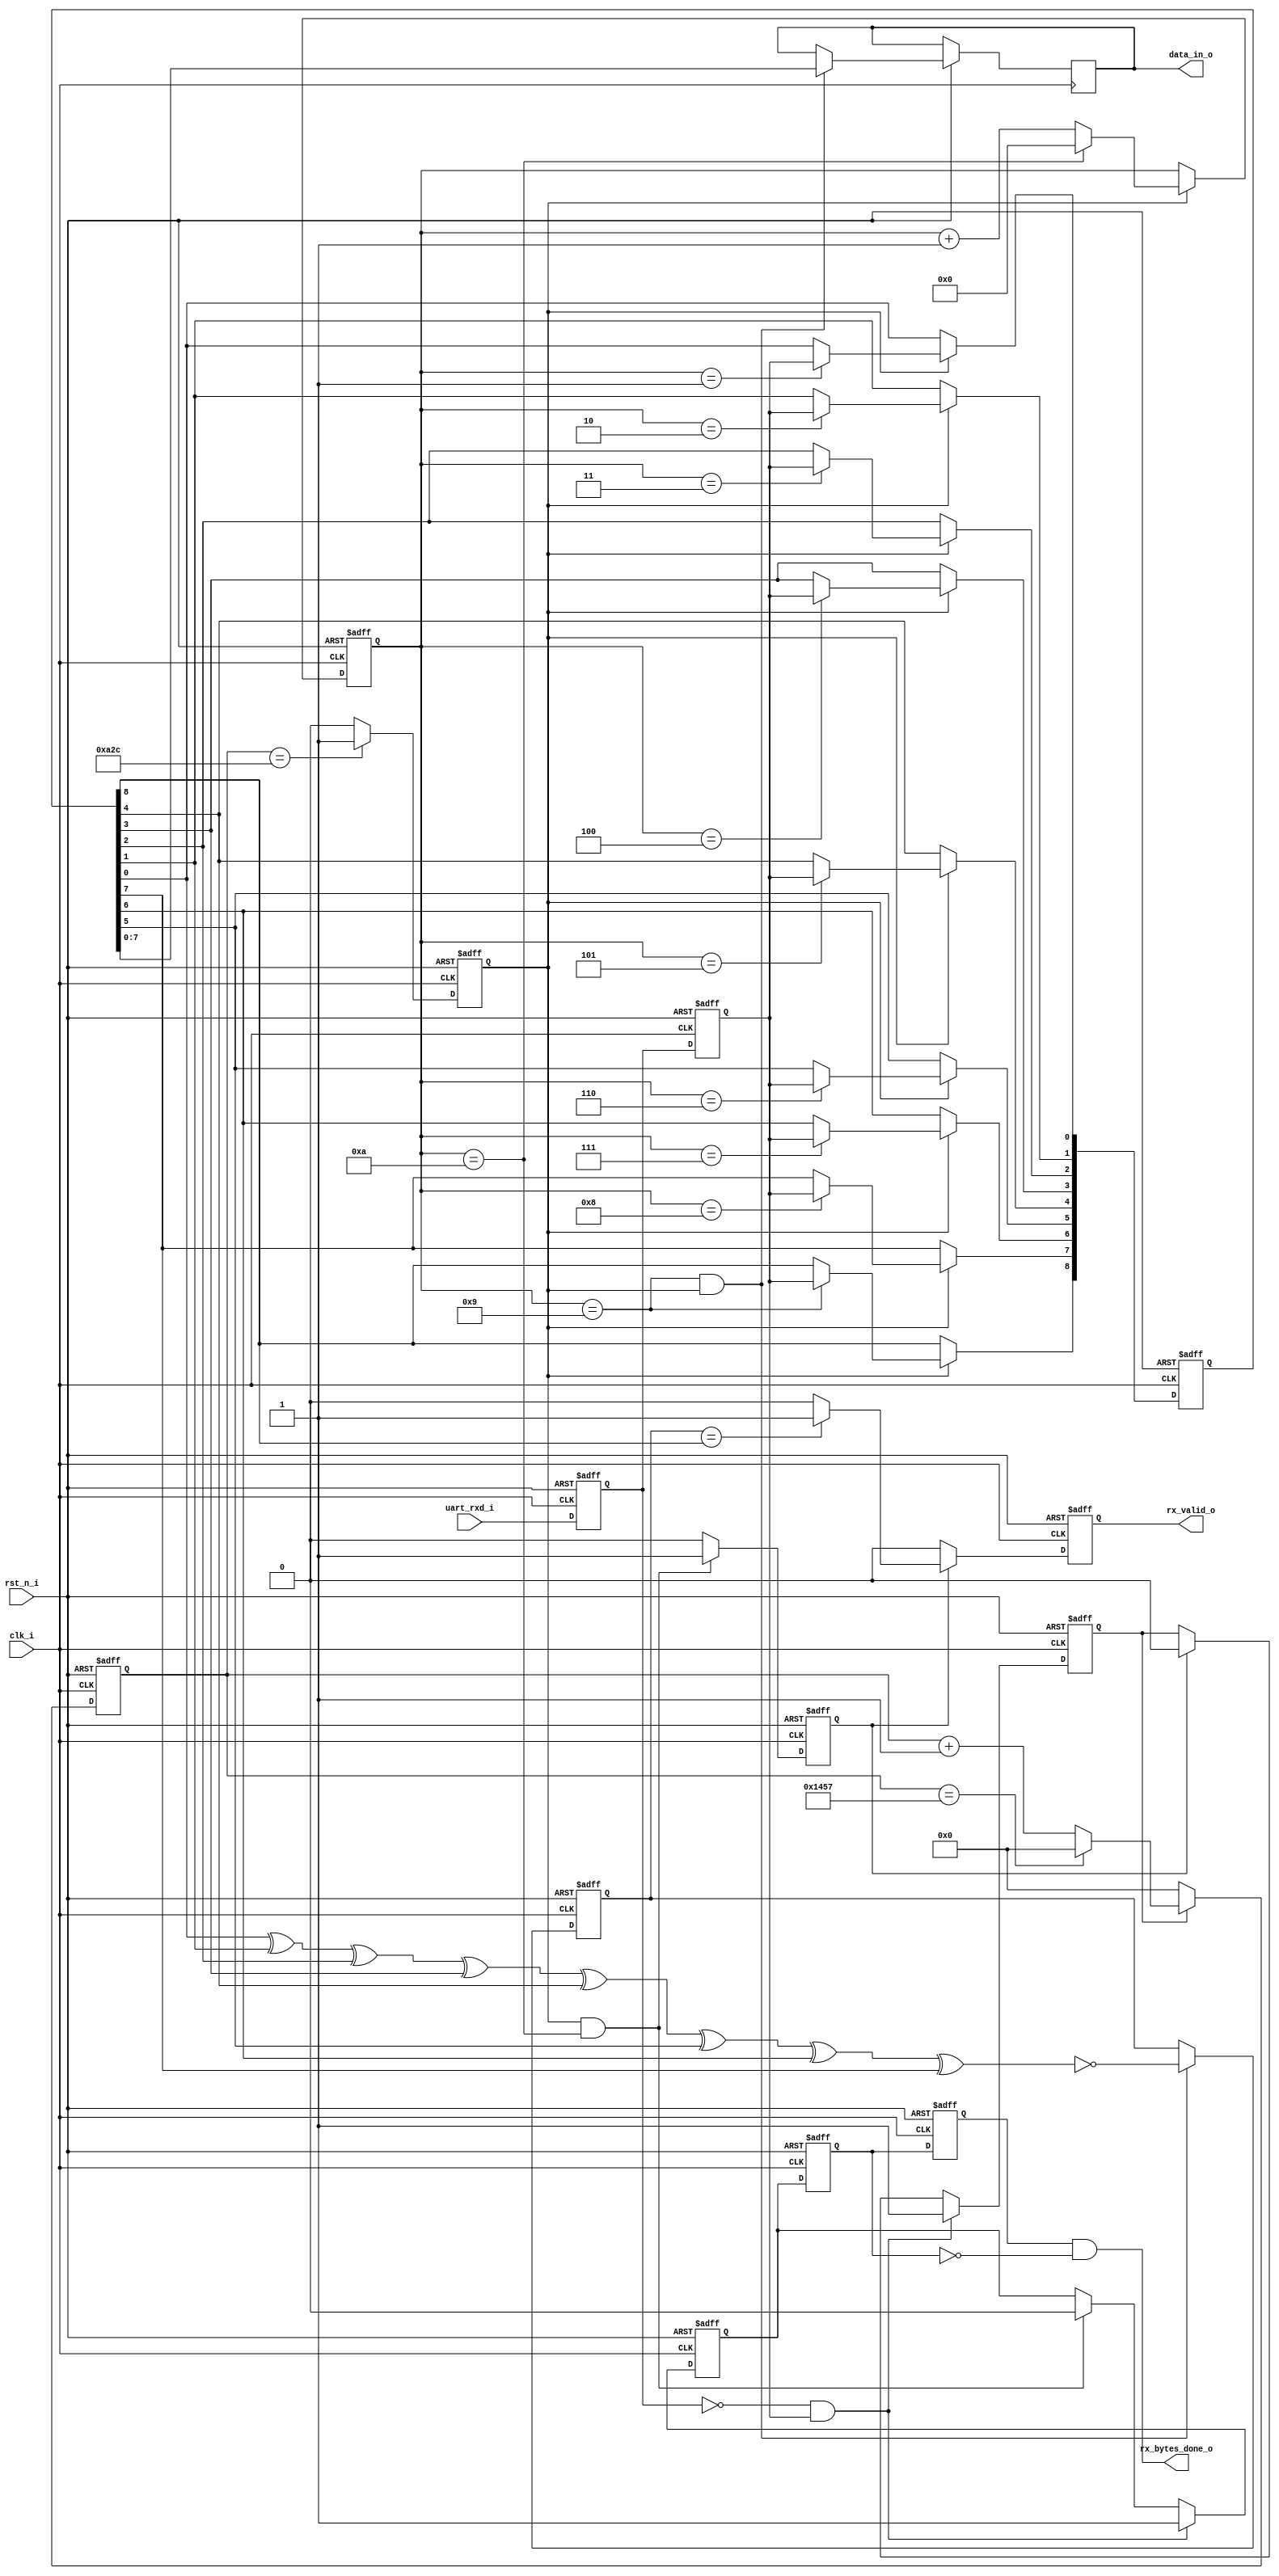
`timescale 1ns / 1ps
//////////////////////////////////////////////////////////////////////////////////
// Version 1.0
//////////////////////////////////////////////////////////////////////////////////

module uart_rx
    #(
        parameter CLK_FREQ = 50,        // Clock frequency(MHz)
        parameter UART_BPS = 9600,      // Set for baud rate
        parameter CHECK_SEL = 1         // Selecting for parity check mode, 1 for odd check and 0 for even check.
    )
    (
        input clk_i,                    // System clock 50MHz
        input rst_n_i,                  // Reset signal, active when 0 
        input uart_rxd_i,               // Data input from computer 

        output wire rx_bytes_done_o,    // RX module finished receiving data
        output reg rx_valid_o,          /* Data received is valid(data pass parity check) when rx_valid_o = 1, this signal will be generated 
                                           when rx_busy drop to 0. So check both negedge of rx_busy signal and posedge of rx_valid signal will
                                           indicate a byte data has been received and the data is correct. */
        output reg [7:0] data_in_o      // Data received, 8 bits, not include parity check bit.
    );
    
    //parameter define
    localparam  BPS_CNT  = CLK_FREQ * 1000000 / UART_BPS;   // Counter for the specific baud rate
    localparam  BAUD_FLAG = BPS_CNT / 2;                    // Flag for baud rate counter 
    
    reg u_rx0;                  // Flip-flop for data receiving
    reg u_rx1;                  // Flip-flop for data receiving

    reg [14:0] baud_cnt;        // Counting value for baud rate
    reg [8:0] rx_data;
    reg [3:0]  bit_cnt = 4'd0;         // Counting value for bit has recived in byte data 

    reg rx_state = 1'b0;               // Receiving process state
    reg bit_flag = 1'b0;               
    reg rx_done;                // Showing receiving process finish
    
    reg o_check;                // Reg for odd check
    reg e_check;                // Reg for even check
    wire check;                 // Wire for parity check
    
    reg rx_busy_o;              // Reg for showing rx module is working 
    reg rx_busy0;               // FF reg to catch rx_busy's negedge
    reg rx_busy1;    
    
    
    /* Generate data receiving state signal, when receiving, 
        drx_state is 1, otherwise drx_stae is 0 */ 
    always@(posedge clk_i or negedge rst_n_i) begin
        if(!rst_n_i) begin        
            rx_state <= 1'b0;
        end
        else if((~u_rx0) & (u_rx1)) begin
            rx_state <= 1'b1 ;
        end
        else if(rx_done) begin
            rx_state <= 1'b0;
        end
        else begin
            rx_state <= rx_state ;
        end
    end
    
    // Receiving data 
    always@(posedge clk_i or negedge rst_n_i) begin
        if(!rst_n_i) begin
            u_rx0 <= 1'b1;
            u_rx1 <= 1'b1;
        end
        else begin
            u_rx0 <= uart_rxd_i;
            u_rx1 <= u_rx0;
        end
    end
    
    // Count for the baud rates
    always@(posedge clk_i or negedge rst_n_i) begin
        if(!rst_n_i) 
            baud_cnt <= 1'b0;
        else if(rx_state)begin
            if(baud_cnt == BPS_CNT - 1)
                baud_cnt <= 1'b0;
            else
                baud_cnt <= baud_cnt + 1'b1;
        end
        else
            baud_cnt <= 1'b0 ;
    end
    
    // Counting for the bit flag
    always@(posedge clk_i or negedge rst_n_i) begin
        if(!rst_n_i) 
            bit_flag <= 1'b0;
        else if(baud_cnt == BAUD_FLAG)
            bit_flag <= 1'b1;
        else
            bit_flag <= 1'b0;
    end
    
    // Counting bit number that has been received
    always@(posedge clk_i or negedge rst_n_i) begin
        if(!rst_n_i) 
            bit_cnt <= 1'b0;
        else if(bit_flag)begin
            if(bit_cnt == 10)
                bit_cnt <= 1'b0;
            else
                bit_cnt <= bit_cnt + 1'b1;
        end
        else
            bit_cnt <= bit_cnt;
    end
   
    
    // Receiving and store data
    always@(posedge clk_i or negedge rst_n_i) begin
        if(!rst_n_i) 
            rx_data <= 9'b000000000;
        else if(bit_flag)begin     
            case(bit_cnt)
                4'd0: rx_data <= rx_data;
                4'd1: rx_data[0] <= u_rx1;
                4'd2: rx_data[1] <= u_rx1;
                4'd3: rx_data[2] <= u_rx1;
                4'd4: rx_data[3] <= u_rx1;
                4'd5: rx_data[4] <= u_rx1;
                4'd6: rx_data[5] <= u_rx1;
                4'd7: rx_data[6] <= u_rx1;
                4'd8: rx_data[7] <= u_rx1;
                4'd9: rx_data[8] <= u_rx1;
                4'd10: rx_data   <= rx_data;
                default : rx_data <= rx_data;
            endcase
        end
        else
            rx_data <= rx_data ;
    end    
        
    /* Generate rx_busy signal, when receiving, 
        rx_busy is 1, otherwise rx_busy is 0 */ 
    always@(posedge clk_i or negedge rst_n_i) begin
        if(!rst_n_i) begin        
            rx_busy_o <= 1'b0;
        end
        else if((~u_rx0) & (u_rx1)) begin
            rx_busy_o <= 1'b1 ;
        end
        else if(bit_flag && bit_cnt == 4'd10 ) begin
            rx_busy_o <= 1'b0;
        end
        else begin
            rx_busy_o <= rx_busy_o ;
        end
    end
    
    // Generate receiving finish flag 
    always@(posedge clk_i or negedge rst_n_i) begin
        if(!rst_n_i) 
            rx_done <= 1'b1;
        else if(bit_cnt == 10 && bit_flag)
            rx_done <= 1'b1;
        else
            rx_done <= 1'b0;
    end

    //Doing parity check
    always@(posedge clk_i or negedge rst_n_i) begin
        if(!rst_n_i) begin
            o_check <= 1'b0; 
            e_check <= 1'b0;
        end
        else if(bit_cnt == 9 && bit_flag) begin
            data_in_o <= rx_data[7:0];   
            e_check <= rx_data[0] ^ rx_data[1] ^ rx_data[2] ^ rx_data[3] ^ rx_data[4] ^ rx_data[5] ^ rx_data[6] ^ rx_data[7];
            o_check <= ~(rx_data[0] ^ rx_data[1] ^ rx_data[2] ^ rx_data[3] ^ rx_data[4] ^ rx_data[5] ^ rx_data[6] ^ rx_data[7]);
        end
        else begin
            o_check <= o_check;
            e_check <= e_check;
        end
    end
    
    always @(posedge clk_i or negedge rst_n_i) begin
        if(!rst_n_i)
            rx_valid_o <= 1'b0 ;
        else if(rx_done) begin
            if(CHECK_SEL == 1'b0 && e_check == rx_data[8])
              rx_valid_o <= 1'b1;
            else if(CHECK_SEL == 1'b1 && o_check == rx_data[8])
              rx_valid_o <= 1'b1;
            else 
              rx_valid_o <= 1'b0;     
        end
        else
            rx_valid_o <= 1'b0 ;
    end
    
    // Catch negedge of rx_busy signal, showing 8 bits data has been received 
    assign rx_bytes_done_o = rx_busy1 & (~rx_busy0);
    
    always @(posedge clk_i or negedge rst_n_i) begin         
        if (!rst_n_i) begin
            rx_busy0 <= 1'b0;                                  
            rx_busy1 <= 1'b0;
        end                                                      
        else begin                                               
            rx_busy0 <= rx_busy_o;                               
            rx_busy1 <= rx_busy0;                            
        end
    end
    

endmodule


//    // Receiving and store data
//    always@(posedge clk_i or negedge rst_n_i) begin
//        if(!rst_n_i) 
//            rx_data <= 9'b000000000;
//        else if(bit_flag)begin     
//            case(bit_cnt)
//                4'd0: begin rx_data <= rx_data; rx_busy_o <= 1'b0;end
//                4'd1: begin rx_data[0] <= u_rx1; rx_busy_o <= 1'b1;end
//                4'd2: begin rx_data[1] <= u_rx1; rx_busy_o <= 1'b1;end
//                4'd3: begin rx_data[2] <= u_rx1; rx_busy_o <= 1'b1;end
//                4'd4: begin rx_data[3] <= u_rx1; rx_busy_o <= 1'b1;end
//                4'd5: begin rx_data[4] <= u_rx1; rx_busy_o <= 1'b1;end
//                4'd6: begin rx_data[5] <= u_rx1; rx_busy_o <= 1'b1;end
//                4'd7: begin rx_data[6] <= u_rx1; rx_busy_o <= 1'b1;end
//                4'd8: begin rx_data[7] <= u_rx1; rx_busy_o <= 1'b1;end
//                4'd9: begin rx_data[8] <= u_rx1; rx_busy_o <= 1'b1;end
//                4'd10: begin  rx_data   <= rx_data; rx_busy_o <= 1'b0;end
//                default : begin rx_data <= rx_data; rx_busy_o <= 1'b0;end
//            endcase
//        end
//        else
//            rx_data <= rx_data ;
//    end